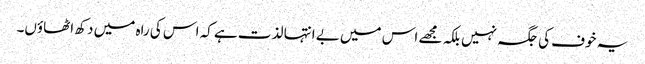
یہ خوف کی جگہ نہیں بلکہ مجھے اس میں بے انتہا لذت ہے کہ اس کی راہ میں دکھ اٹھاؤں۔